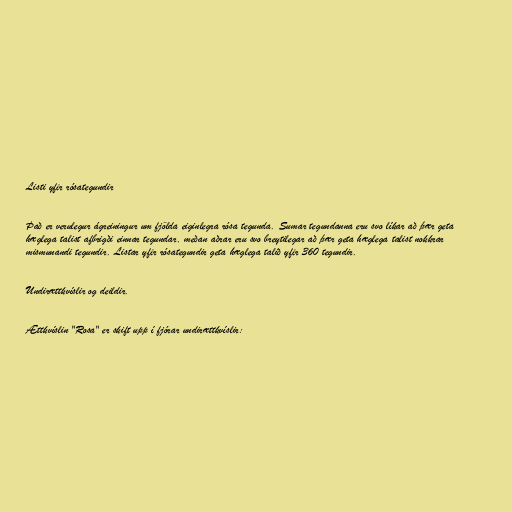
Listi yfir rósategundir

Það er verulegur ágreiningur um fjölda eiginlegra rósa tegunda. Sumar tegundanna eru svo líkar að þær geta
hæglega talist afbrigði einnar tegundar, meðan aðrar eru svo breytilegar að þær geta hæglega talist nokkrar
mismunandi tegundir. Listar yfir rósategundir geta hæglega talið yfir 360 tegundir.

Undirættkvíslir og deildir.

Ættkvíslin "Rosa" er skift upp í fjórar undirættkvíslir: